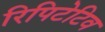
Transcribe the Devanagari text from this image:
रिपिटेटिव